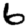
Digit: 6